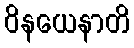
ဝိနယေနာတိ